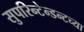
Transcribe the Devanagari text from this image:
सुपरिन्टेन्डन्टच्या